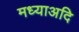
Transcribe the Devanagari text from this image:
मध्याअदि